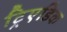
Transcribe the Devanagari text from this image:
ट्रिएडिक